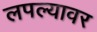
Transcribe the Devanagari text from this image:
लपल्यावर